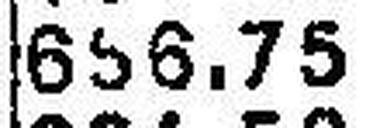
656.75